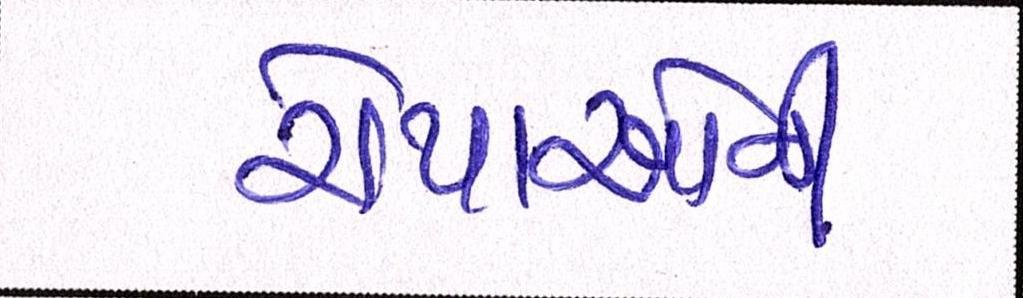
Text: રોપાઓનો